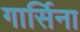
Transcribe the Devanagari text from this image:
गार्सिना